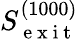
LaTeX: S_{\mathrm{~e~x~i~t~}}^{(1000)}